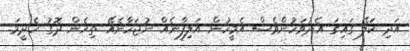
އަދި ކަލޭ ގައިގަ އެދުވަހުންވެސް އެމީހުން އަލިފާނެއް ނުޖަހާނެއޭ ތިހެން ދޮގު ހެދީމަ.